Kambja_algkool, lk 106
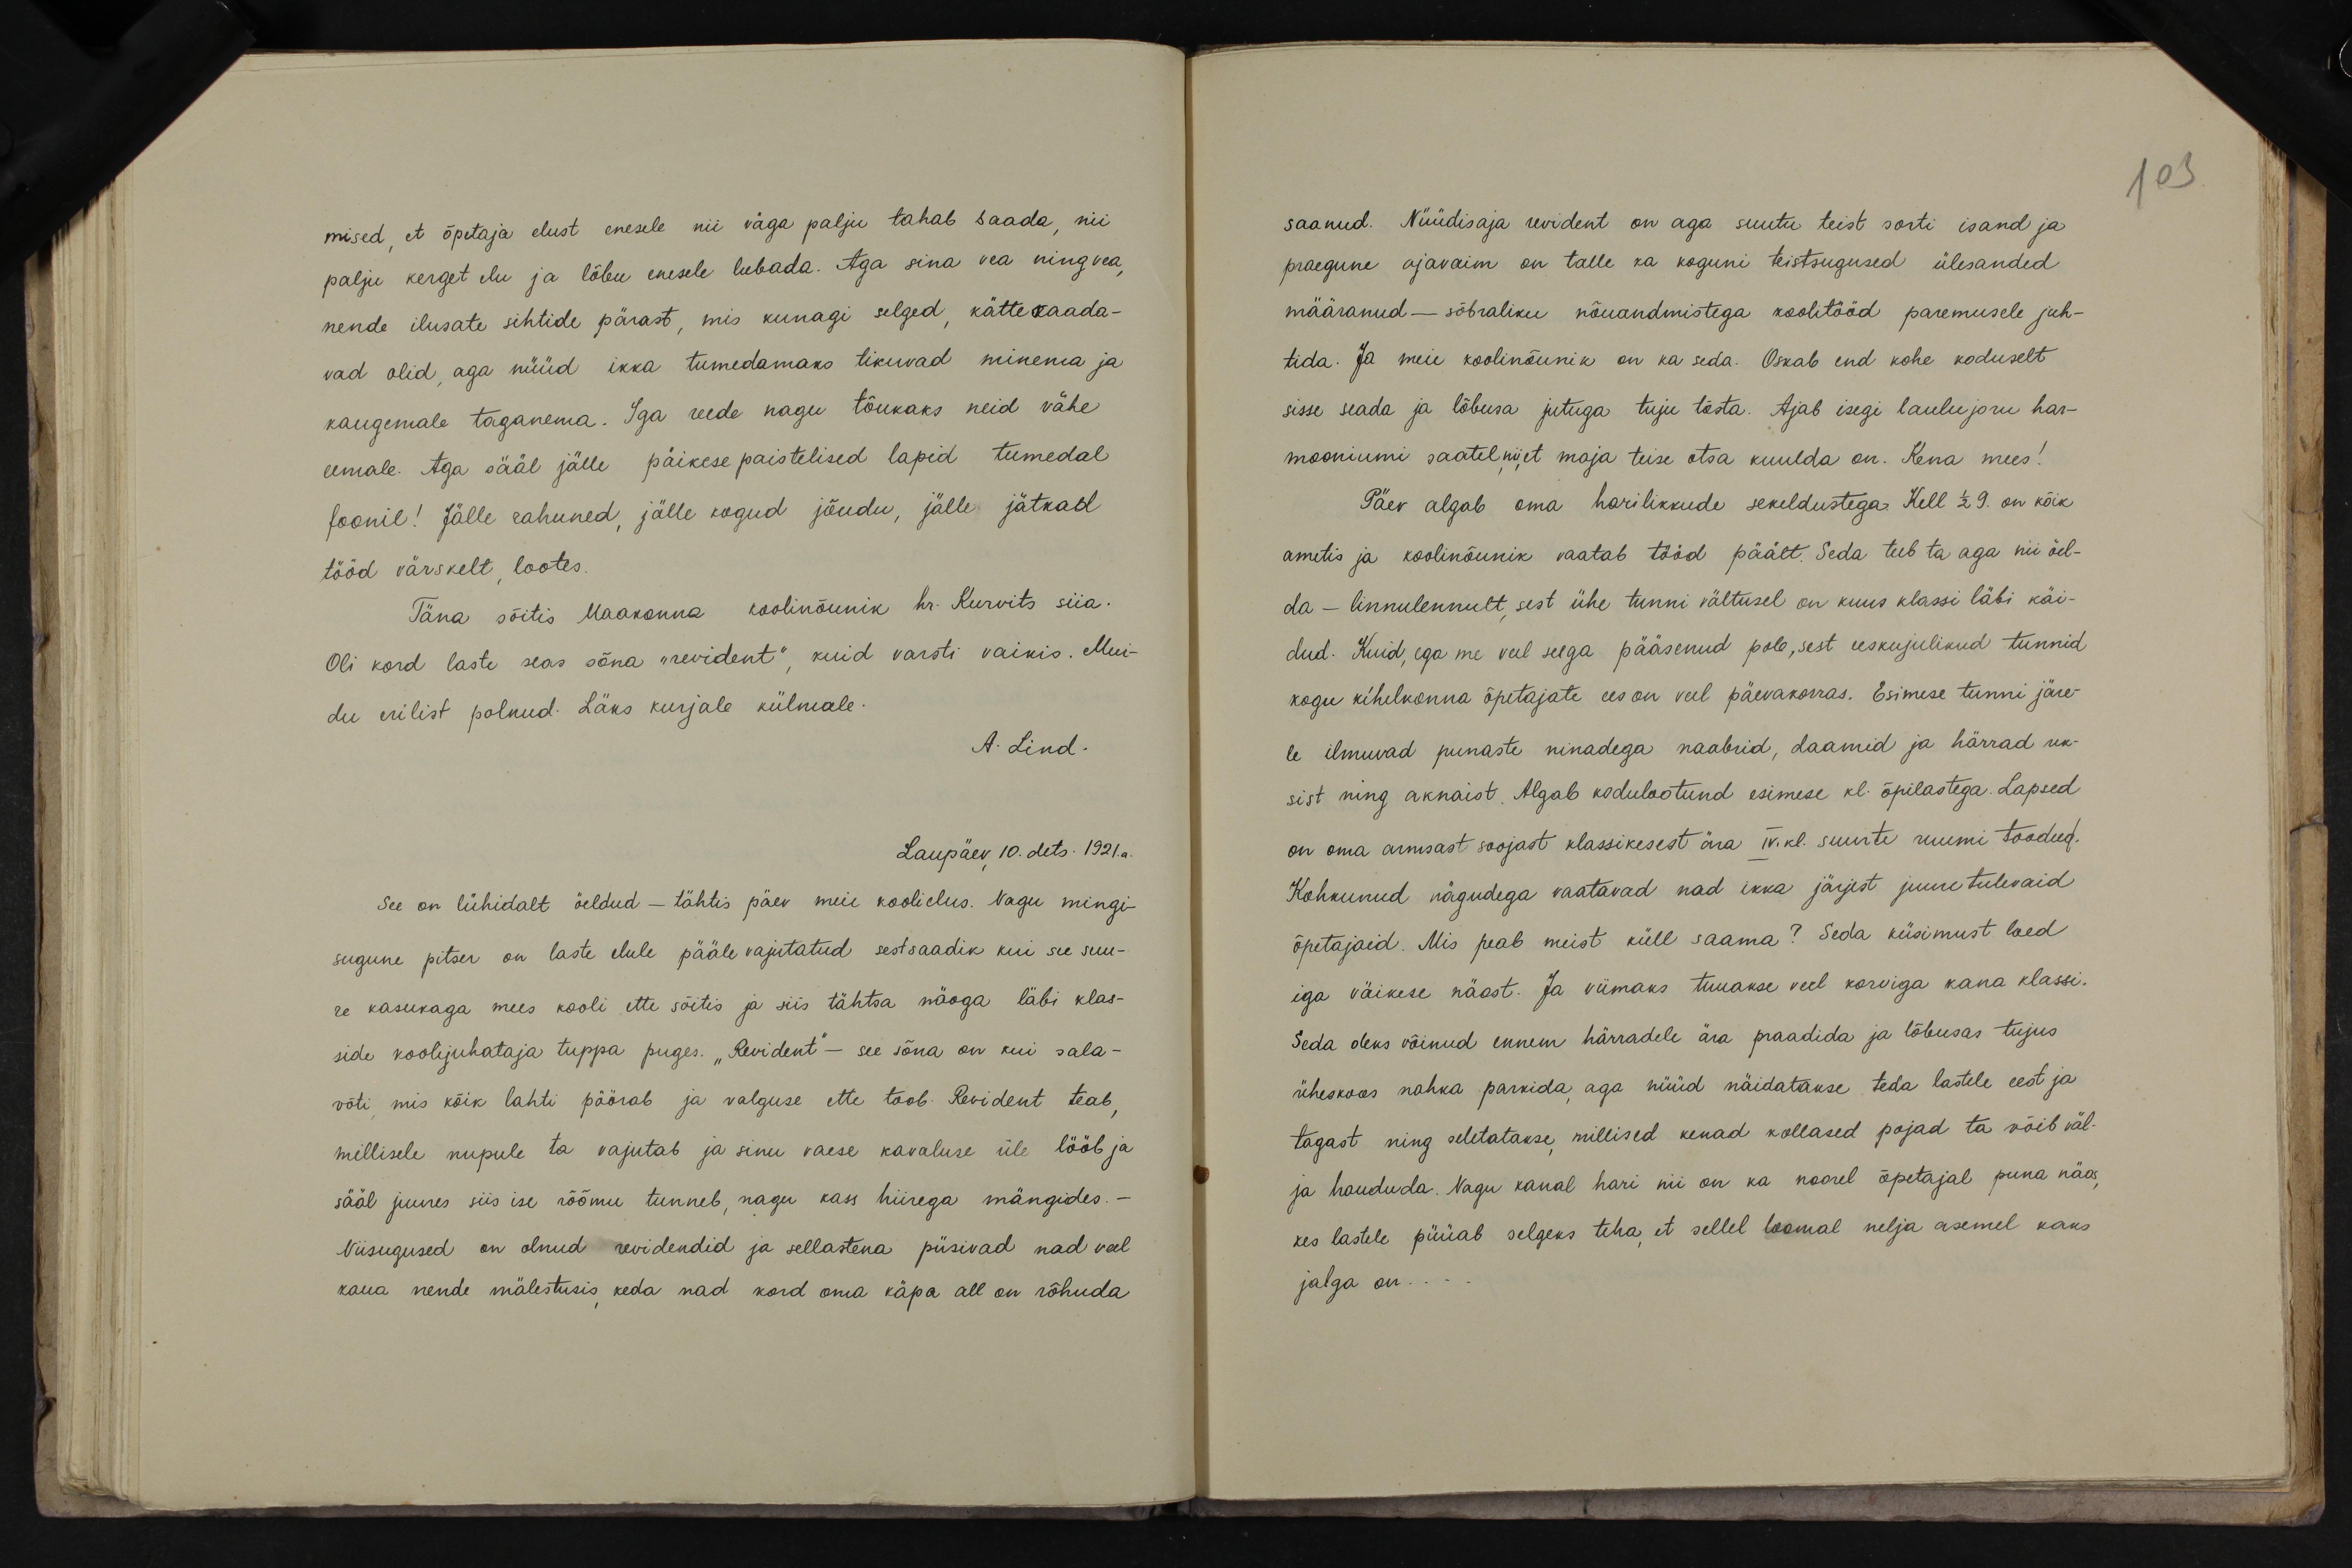
103

mised, et õpetaja elust enesele nii väga palju tahab saada, nii
palju kerget elu ja lõbu enesele lubada. Aga sina vea ning vea,
nende ilusate sihtide pärast, mis kunagi selged, kätte saada-
vad olid, aga nüüd ikka tumedamaks tikuvad minema ja
kaugemale taganema. Iga reede nagu tõukaks neid vähe
eemale. Aga sääl jälle päikesepaistelised lapid tumedal
foonil! Jälle rahuned, jälle kogud jõudu, jälle jätkad
tööd värskelt, lootes.
Täna sõitis Maakonna koolinõunik hr. Kurvits siia.
Oli kord laste seas sõna "revident“ kuid varsti vaikis. Mui-
du erilist polnud. Läks kurjale külmale.
A. Lind.
Laupäev 10. dets. 1921.a.
See on lühidalt öeldud - tähtis päev meie koolielus. Nagu mingi-
sugune pitser on laste elule pääle vajutatud sestsaadik kui see suu-
re kasukaga mees kooli ette sõitis ja siis tähtsa näoga läbi klas-
side koolijuhataja tuppa puges. "Revident - see sõna on kui sala-
võti, mis kõik lahti pöörab ja valguse ette toob. Revident teab
millisele nupule ta vajutab ja sinu vaese kavaluse üle lööb ja
sääl juures siis ise rõõmu tunneb, nagu kass hiirega mängides.
Niisugused on olnud revidendid ja sellastena püsivad nad veel
kaua nende mälestusis, keda nad kord oma käpa all on rõhuda

saanud. Nüüdisaja revident on aga suutu teist sorti isand ja
praegune ajavaim on talle ka koguni teistsugused ülesanded
määranud - sõbraliku nõuandmistega koolitööd paremusele juh-
tida. Ja meie koolinõunik on ka seda. Oskab end kohe koduselt
sisse seada ja lõbusa jutuga tuju tõsta. Ajab isegi laulu joru har-
mooniumi saatel, nii, et maja teise otsa kuulda on. Kena mees!
Päev algab oma harilikkude sekeldustega. Kell 1/2 9. on kõik
ametis ja koolinõunik vaatab tööd päält. Seda teeb ta aga nii õel-
da - linnulennult, sest ühe tunni vältusel on kuus klassi läbi käi-
dud. Kuid, ega me veel seega pääsenud pole, sest eeskujulikud tunnid
kogu kihelkonna õpetajate ees on veel päevakorras. Esimese tunni järe-
le ilmuvad punaste ninadega naabrid, daamid ja härrad uk-
sist ning aknaist. Algab kodulootund esimese kl. õpilastega. Lapsed
on oma armsast soojast klassikesest ära IV.kl suurte ruumi toodud.
Kohkunud nägudega vaatavad nad ikka järjest juure tulevaid
õpetajaid. Mis peab meist küll saama? Seda küsimust loed
iga väikese näost. Ja viimaks tuuakse veel korviga kana klassi.
Seda oleks võinud ennem härradele ära praadida ja lõbusas tujus
üheskoos nahka parkida, aga nüüd näidatakse teda lastele eest ja
tagast ning seletatakse, millised kenad kollased pojad ta võib väl-
ja haududa. Nagu kanal hari nii on ka noorel õpetajal puna näos,
kes lastele püüab selgeks teha, et sellel loomal nelja asemel kaks
jalga on...